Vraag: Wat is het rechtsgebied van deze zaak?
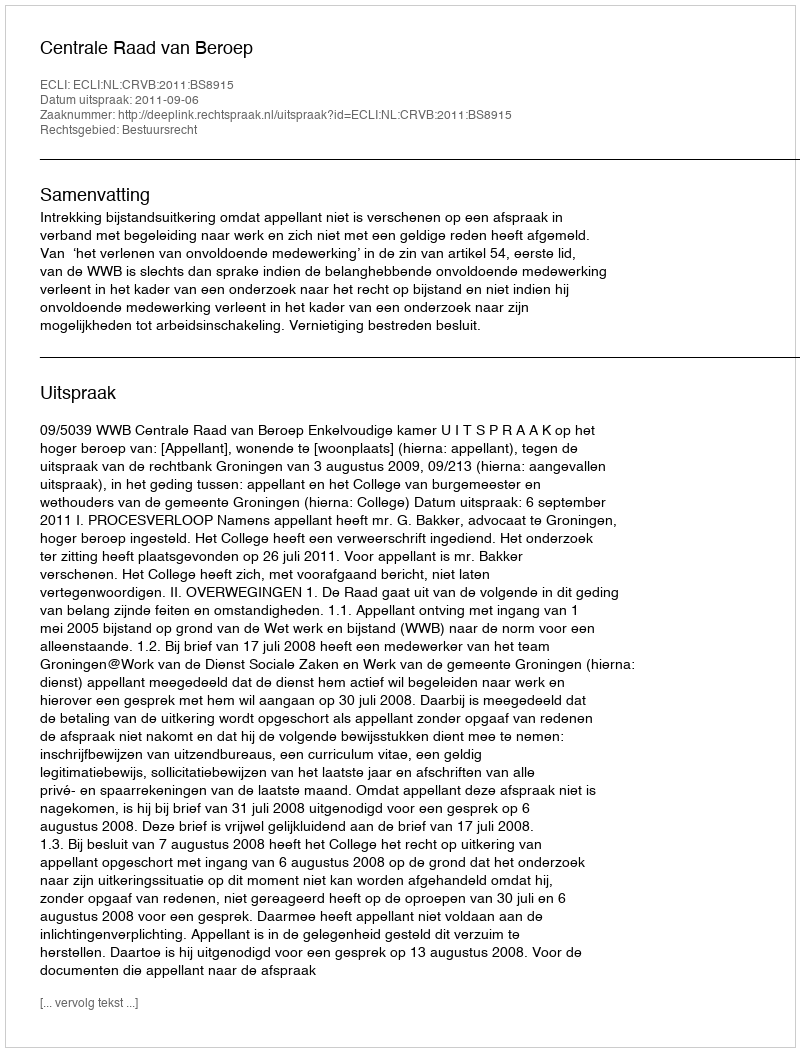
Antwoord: Bestuursrecht